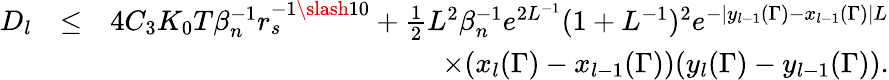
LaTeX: \begin{array}{rlr}{D_{l}}&{\leq}&{4C_{3}K_{0}T\beta_{n}^{-1}r_{s}^{-1\slash 10}+\frac{1}{2}L^{2}\beta_{n}^{-1}e^{2L^{-1}}(1+L^{-1})^{2}e^{-|y_{l-1}(\Gamma)-x_{l-1}(\Gamma)|L}}\\ &{}&{\quad\quad\quad\quad\quad\quad\quad\quad\quad\times(x_{l}(\Gamma)-x_{l-1}(\Gamma))(y_{l}(\Gamma)-y_{l-1}(\Gamma)).}\end{array}